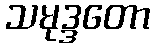
သမုဒ္ဒတော